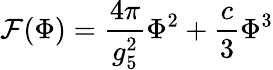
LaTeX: {\cal F}(\Phi)=\frac{4\pi}{g_{5}^{2}}\Phi^{2}+\frac{c}{3}\Phi^{3}